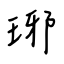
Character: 琊